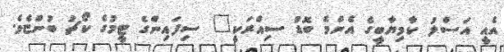
އެއީ އަސްލު ކާމިޔާބީގެ އެންމެ ބޮޑު ސިއްރަކީ" ސިފައިންގެ ޓީމުގެ ކޯޗު ބުންޏެވެ.